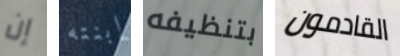
إن إبنته بتنظيفه القادمون